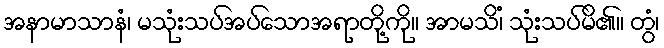
အနာမာသာနံ၊ မသုံးသပ်အပ်သောအရာတို့ကို။ အာမသိံ၊ သုံးသပ်မိ၏။ တွံ၊